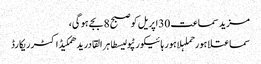
مزید سماعت 30اپریل کو صبح 8بجے ہو گی،
سماعتلاہورحملہلاہور ہائیکورٹپولیسطاہر القادریدھمکیڈاکٹرریکارڈ